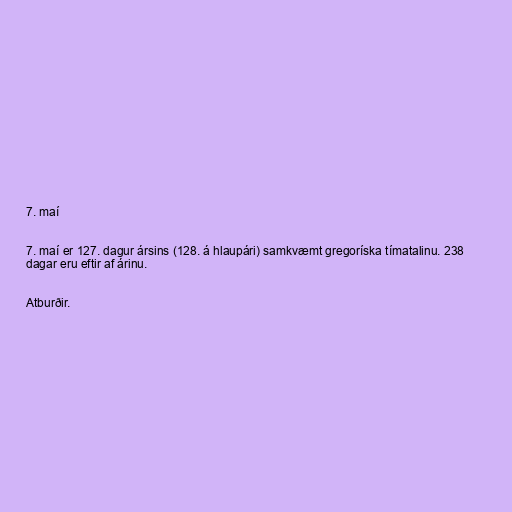
7. maí

7. maí er 127. dagur ársins (128. á hlaupári) samkvæmt gregoríska tímatalinu. 238
dagar eru eftir af árinu.

Atburðir.